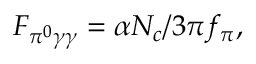
F _ { \pi ^ { 0 } \gamma \gamma } = \alpha N _ { c } / 3 \pi f _ { \pi } ,